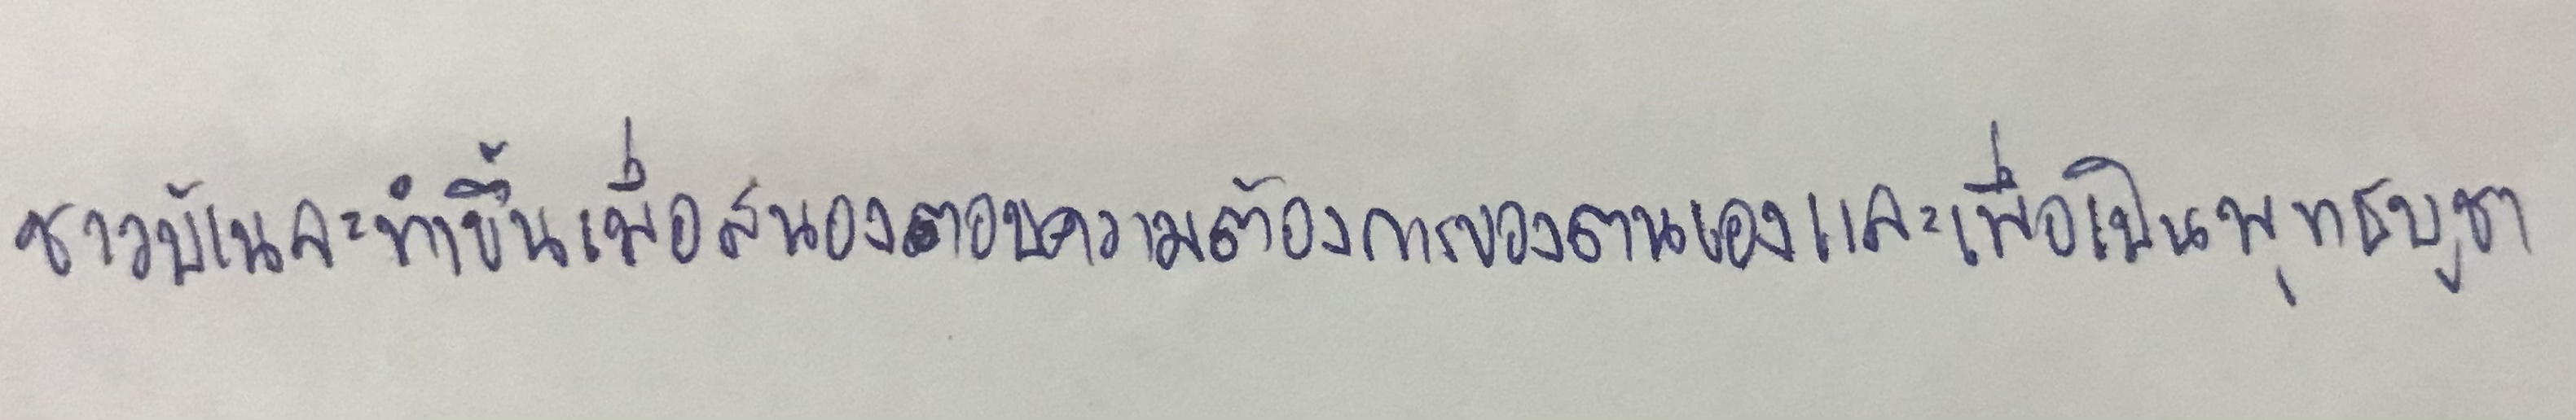
ชาวบ้านจะทำขึ้นเพื่อสนองตอบความต้องการของตนเองและเพื่อเป็นพุทธบูชา